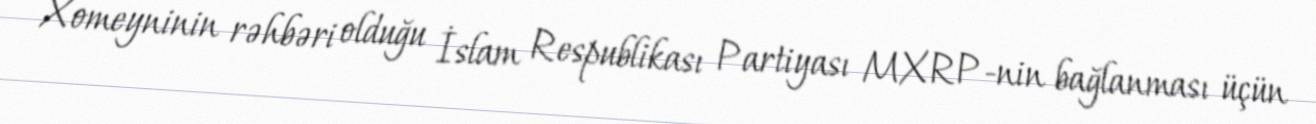
Xomeyninin rəhbəri olduğu İslam Respublikası Partiyası MXRP-nin bağlanması üçün